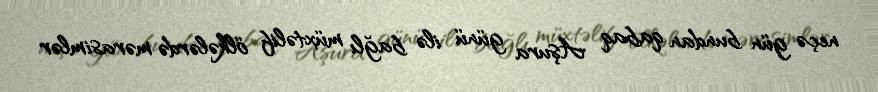
neçə gün bundan qabaq Aşura günü ilə bağlı müxtəlif ölkələrdə mərasimlər